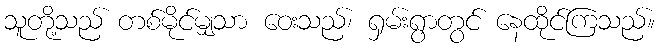
သူတို့သည် တစ်မိုင်မျှသာ ဝေးသည်၊ ရှမ်းရွာတွင် နေထိုင်ကြသည်။